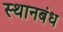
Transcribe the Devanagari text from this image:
स्थानबंध